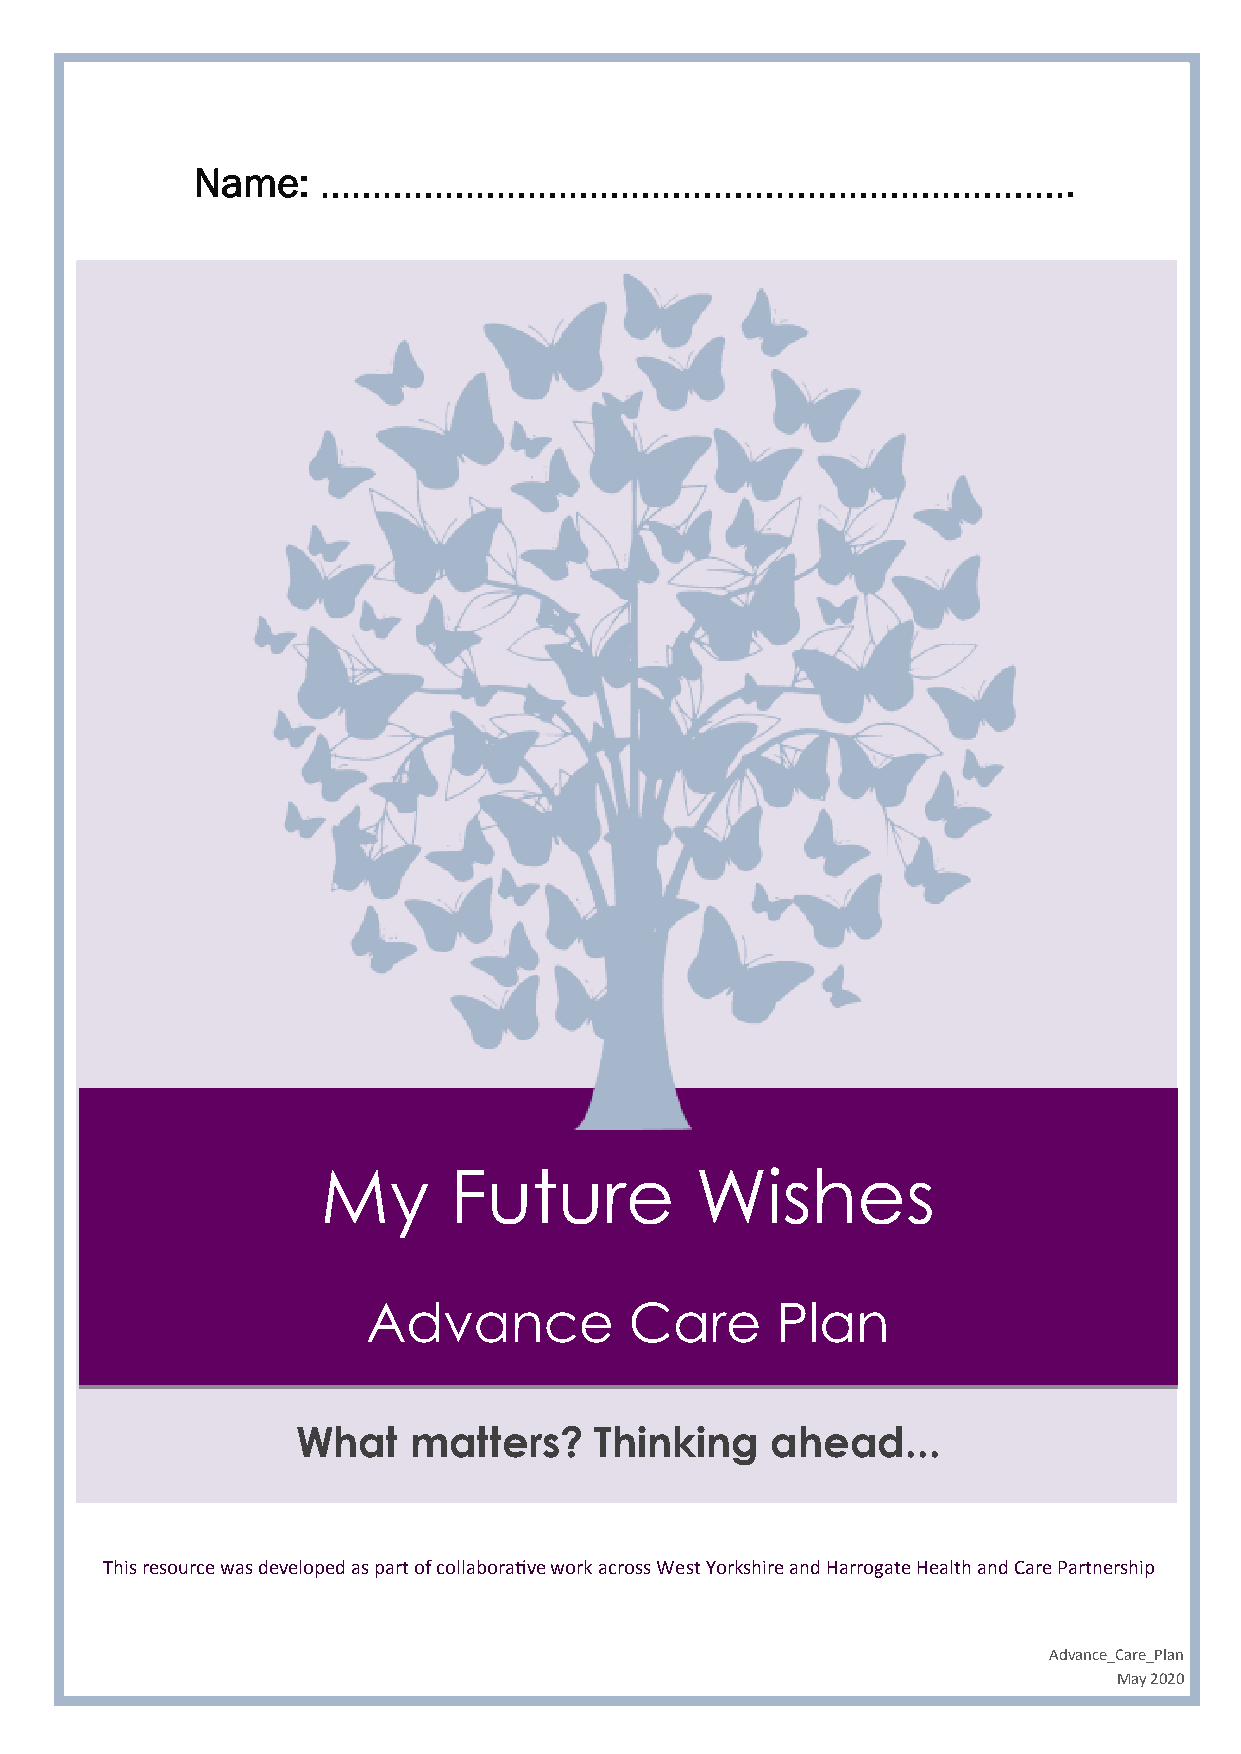
Name:   ……………………………………………………………….
 My       Future          Wishes
 Advance           Care     Plan
 What   matters?    Thinking    ahead...
 This resource was developed as part of collaborative work across West Yorkshire and Harrogate Health and Care Partnership
 Advance_Care_Plan
 May 2020